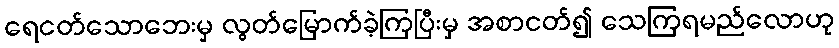
ရေငတ်သောဘေးမှ လွတ်မြောက်ခဲ့ကြပြီးမှ အစာငတ်၍ သေကြရမည်လောဟု